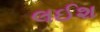
લઈશ